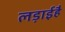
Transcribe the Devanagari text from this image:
लड़ाईहै